Treatise on elephants
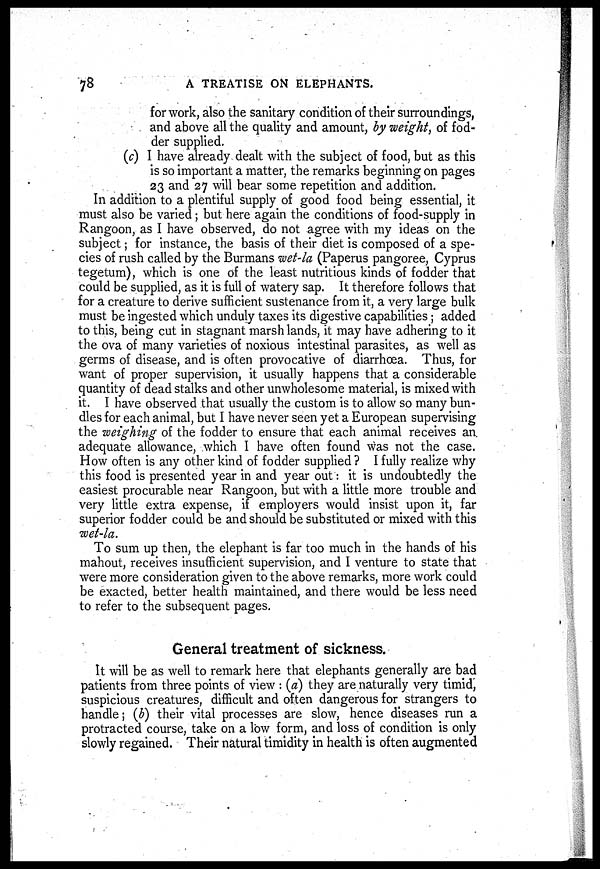
78
A TREATISE ON ELEPHANTS.
for work, also the sanitary condition of their surroundings,
and above all the quality and amount, by weight, of fod-
der supplied.
(c) I have already dealt with the subject of food, but as this
is so important a matter, the remarks beginning on pages
23 and 27 will bear some repetition and addition.
In addition to a plentiful supply of good food being essential, it
must also be varied; but here again the conditions of food-supply in
Rangoon, as I have observed, do not agree with my ideas on the
subject; for instance, the basis of their diet is composed of a spe-
cies of rush called by the Burmans wet-la (Paperus pangoree, Cyprus
tegetum), which is one of the least nutritious kinds of fodder that
could be supplied, as it is full of watery sap. It therefore follows that
for a creature to derive sufficient sustenance from it, a very large bulk
must be ingested which unduly taxes its digestive capabilities; added
to this, being cut in stagnant marsh lands, it may have adhering to it
the ova of many varieties of noxious intestinal parasites, as well as
germs of disease, and is often provocative of diarrhoea. Thus, for
want of proper supervision, it usually happens that a considerable
quantity of dead stalks and other unwholesome material, is mixed with
it. I have observed that usually the custom is to allow so many bun-
dles for each animal, but I have never seen yet a European supervising
the weighing of the fodder to ensure that each animal receives an
adequate allowance, which I have often found was not the case.
How often is any other kind of fodder supplied ? I fully realize why
this food is presented year in and year out: it is undoubtedly the
easiest procurable near Rangoon, but with a little more trouble and
very little extra expense, if employers would insist upon it, far
superior fodder could be and should be substituted or mixed with this
wet-la.
To sum up then, the elephant is far too much in the hands of his
mahout, receives insufficient supervision, and I venture to state that
were more consideration given to the above remarks, more work could
be exacted, better health maintained, and there would be less need
to refer to the subsequent pages.
General treatment of sickness.
It will be as well to remark here that elephants generally are bad
patients from three points of view : (a) they are naturally very timid,
suspicious creatures, difficult and often dangerous for strangers to
handle; (b) their vital processes ate slow, hence diseases run a
protracted course, take on a low form, and loss of condition is only
slowly regained. Their natural timidity in health is often augmented